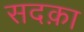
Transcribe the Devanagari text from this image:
सदक़ा